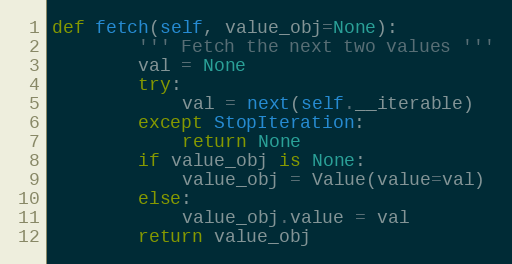
Language: Python
def fetch(self, value_obj=None):
        ''' Fetch the next two values '''
        val = None
        try:
            val = next(self.__iterable)
        except StopIteration:
            return None
        if value_obj is None:
            value_obj = Value(value=val)
        else:
            value_obj.value = val
        return value_obj